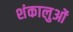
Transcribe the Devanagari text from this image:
शंकालुओं